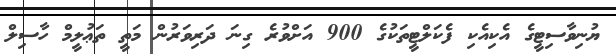
ޔުނިވާސިޓީގެ އެކިއެކި ފެކަލްޓީތަކުގެ 900 އަށްވުރެ ގިނަ ދަރިވަރުން މަތީ ތަޢުލީމް ހާސިލް